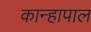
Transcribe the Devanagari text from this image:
कान्हापाल